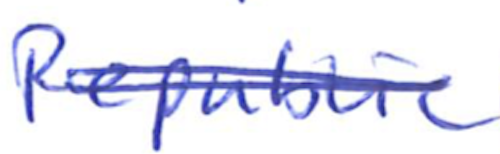
Text: Republic
Cross-out: double-line
Writing tool: ballpoint